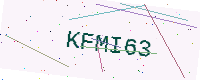
Text: KFMI63